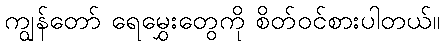
ကျွန်တော် ရေမွှေးတွေကို စိတ်ဝင်စားပါတယ်။